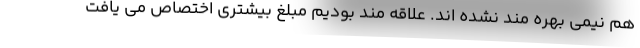
هم نیمی بهره مند نشده اند. علاقه مند بودیم مبلغ بیشتری اختصاص می یافت